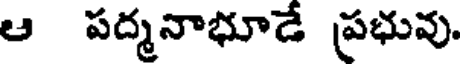
ఆ పద్మనాభూడే ప్రభువు.